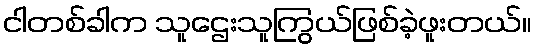
ငါတစ်ခါက သူဌေးသူကြွယ်ဖြစ်ခဲ့ဖူးတယ်။